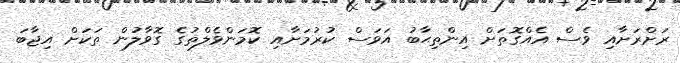
ރަށްރަށާއި ވެސް އެއްގޮތަށް އިންތިޙާބު އަވަސް ކުރުމަށާއި ކޮމަންވެލްތުގެ ގޮވާލުން ތަކަށް އިޖާބަ